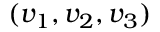
( v _ { 1 } , v _ { 2 } , v _ { 3 } )